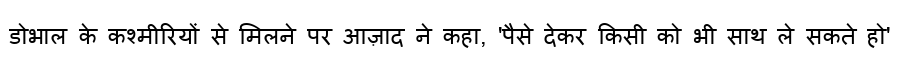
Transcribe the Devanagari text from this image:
डोभाल के कश्मीरियों से मिलने पर आज़ाद ने कहा, 'पैसे देकर किसी को भी साथ ले सकते हो'